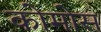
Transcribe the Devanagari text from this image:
कोमोस